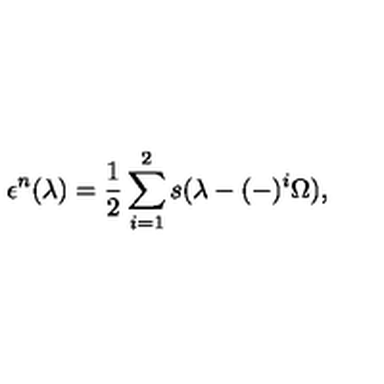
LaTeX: \epsilon ^ { n } ( \lambda ) = { \frac { 1 } { 2 } } \sum _ { i = 1 } ^ { 2 } s ( \lambda - ( - ) ^ { i } \Omega ) ,